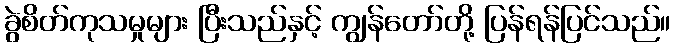
ခွဲစိတ်ကုသမှုများ ပြီးသည်နှင့် ကျွန်တော်တို့ ပြန်ရန်ပြင်သည်။